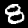
Digit: 8